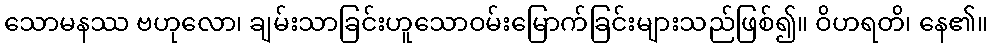
သောမနဿ ဗဟုလော၊ ချမ်းသာခြင်းဟူသောဝမ်းမြောက်ခြင်းများသည်ဖြစ်၍။ ဝိဟရတိ၊ နေ၏။